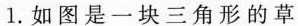
1.如图是一块三角形的草